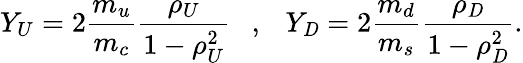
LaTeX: {Y_{U}}=2{\displaystyle\frac{{m_{u}}}{{m_{c}}}}{\displaystyle\frac{{\rho_{U}}}{1-{\rho_{U}^{2}}}}{\ \ \ },{\ \ \ }{Y_{\mathit{D}}}=2{\displaystyle\frac{{m_{d}}}{{m_{s}}}}{\displaystyle\frac{{\rho_{\mathit{D}}}}{1-{\rho_{\mathit{D}}^{2}}}}.